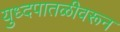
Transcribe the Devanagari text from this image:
युध्दपातळीवरून